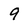
Character: 9